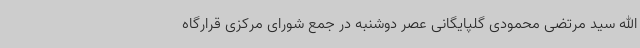
الله سید مرتضی محمودی گلپایگانی عصر دوشنبه در جمع شورای مرکزی قرارگاه